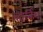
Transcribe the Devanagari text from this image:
व्हार्निश